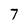
Character: 7